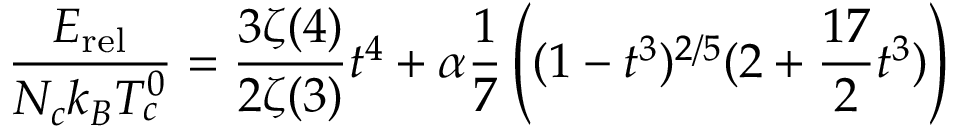
\small \frac { E _ { \mathrm { r e l } } } { N _ { c } k _ { B } T _ { c } ^ { 0 } } = \frac { 3 \zeta ( 4 ) } { 2 \zeta ( 3 ) } t ^ { 4 } + \alpha \frac { 1 } { 7 } \left( ( 1 - t ^ { 3 } ) ^ { 2 / 5 } ( 2 + \frac { 1 7 } { 2 } t ^ { 3 } ) \right)